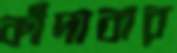
কাঁদাবার